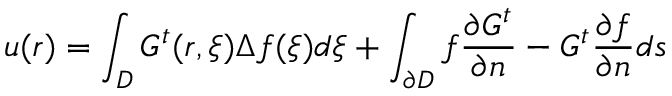
u ( \boldsymbol { r } ) = \int _ { D } G ^ { t } ( \boldsymbol { r } , \boldsymbol { \xi } ) \Delta f ( \boldsymbol { \xi } ) d \boldsymbol { \xi } + \int _ { \partial D } f \frac { \partial G ^ { t } } { \partial n } - G ^ { t } \frac { \partial f } { \partial n } d s